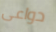
دواعى